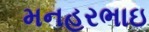
મનહરભાઇ